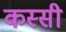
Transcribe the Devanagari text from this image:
कस्सी